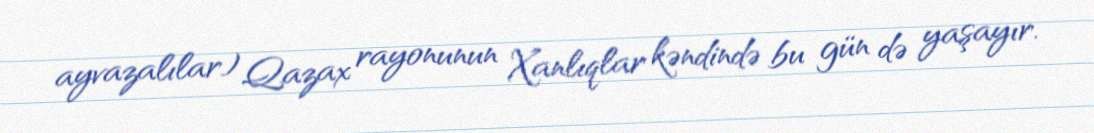
ayvazalılar) Qazax rayonunun Xanlıqlar kəndində bu gün də yaşayır.